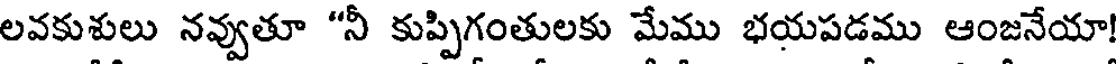
లవకుశులు నవ్వుతూ "నీ కుప్పిగంతులకు మేము భయపడము ఆంజనేయా!